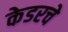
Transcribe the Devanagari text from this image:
केडरचे